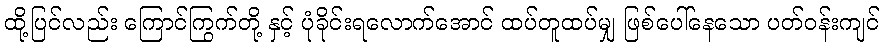
ထို့ပြင်လည်း ကြောင်ကြွက်တို့ နှင့် ပုံခိုင်းရလောက်အောင် ထပ်တူထပ်မျှ ဖြစ်ပေါ်နေသော ပတ်ဝန်းကျင်